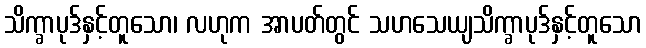
သိက္ခာပုဒ်နှင့်တူသော၊ လဟုက အာပတ်တွင် သဟသေယျသိက္ခာပုဒ်နှင့်တူသော